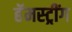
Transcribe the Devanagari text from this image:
हॅमस्ट्रींग